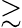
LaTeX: \gtrsim